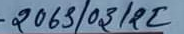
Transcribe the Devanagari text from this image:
- २०२३/०३/१२